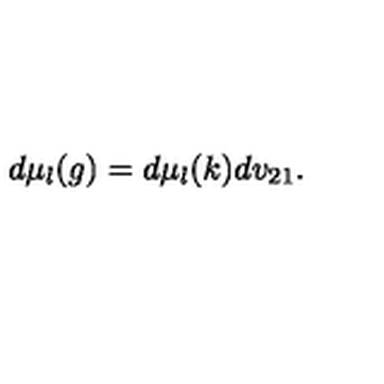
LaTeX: d \mu _ { l } ( g ) = d \mu _ { l } ( k ) d v _ { 2 1 } .